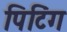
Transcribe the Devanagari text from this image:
पिटिंग